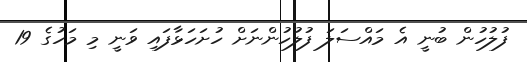
ފުލުހުން ބުނީ އެ މައްސަލަ ފުލުހުންނަށް ހުށަހަޅާފައި ވަނީ މި މަހުގެ 19